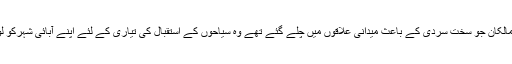
کچھ دکاندار اور ہوٹل مالکان جو سخت سردی کے باعث میدانی علاقوں میں چلے گئے تھے وہ سیاحوں کے استقبال کی تیاری کے لئے اپنے آبائی شہرکو لوٹنا شروع ہوگئے ہیں۔